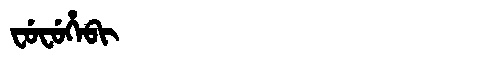
Manchu: ᠸᡠᠸᡠᡥᡝᠪᡳ
Romanization: FUFUHEBI